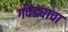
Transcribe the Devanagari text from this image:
गवंड्याचा